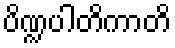
ပိဏ္ဍပါတိကာတိ